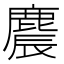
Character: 麎